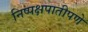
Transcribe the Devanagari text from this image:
निष्पक्षपातीपणे